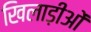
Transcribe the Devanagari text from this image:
खिलाड़ीओं